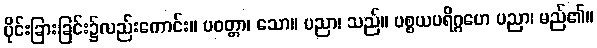
ပိုင်းခြားခြင်း၌လည်းကောင်း။ ပဝတ္တာ၊ သော။ ပညာ၊ သည်။ ပစ္စယပရိဂ္ဂဟေ ပညာ၊ မည်၏။